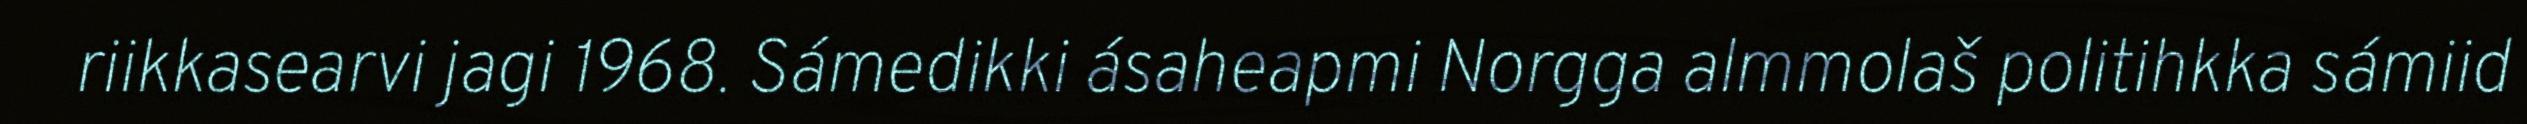
riikkasearvi jagi 1968. Sámedikki ásaheapmi Norgga almmolaš politihkka sámiid